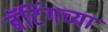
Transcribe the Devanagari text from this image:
बॅटिंगच्या